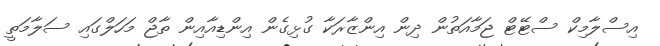
އިސްލާމިކް ސްޓޭޓް ޖަމާއަތުން ދިން އިންޒާރަކާ ގުޅިގެން އިންޑިއާއިން ތާޖް މަހަލްގައި ސަލާމަތީ